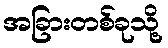
အခြားတစ်ခုသို့